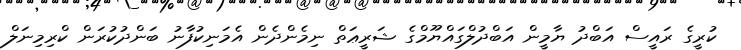
ކުރީގެ ރައީސް އަބްދު ޔާމީން އަބްދުލްގައްޔޫމްގެ ޝަރީޢަތް ނިމެންދެން އެމަނިކުފާނު ބަންދުކުރަން ކްރިމިނަލް